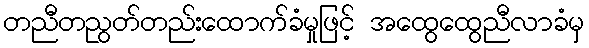
တညီတညွတ်တည်းထောက်ခံမှုဖြင့် အထွေထွေညီလာခံမှ